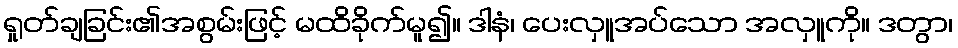
ရှုတ်ချခြင်း၏အစွမ်းဖြင့် မထိခိုက်မူ၍။ ဒါနံ၊ ပေးလှူအပ်သော အလှူကို။ ဒတွာ၊